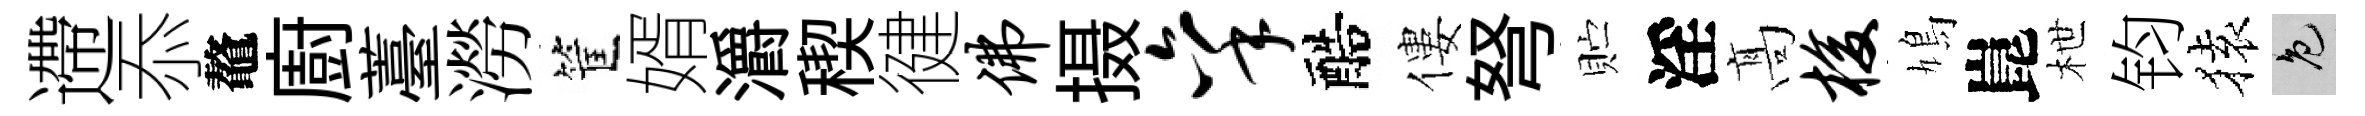
遰忝鼇廚薹澇筐婿灂稧徤佛摄秉醅僂弩贮淫髙梭鳩崑枻钧𫞤色